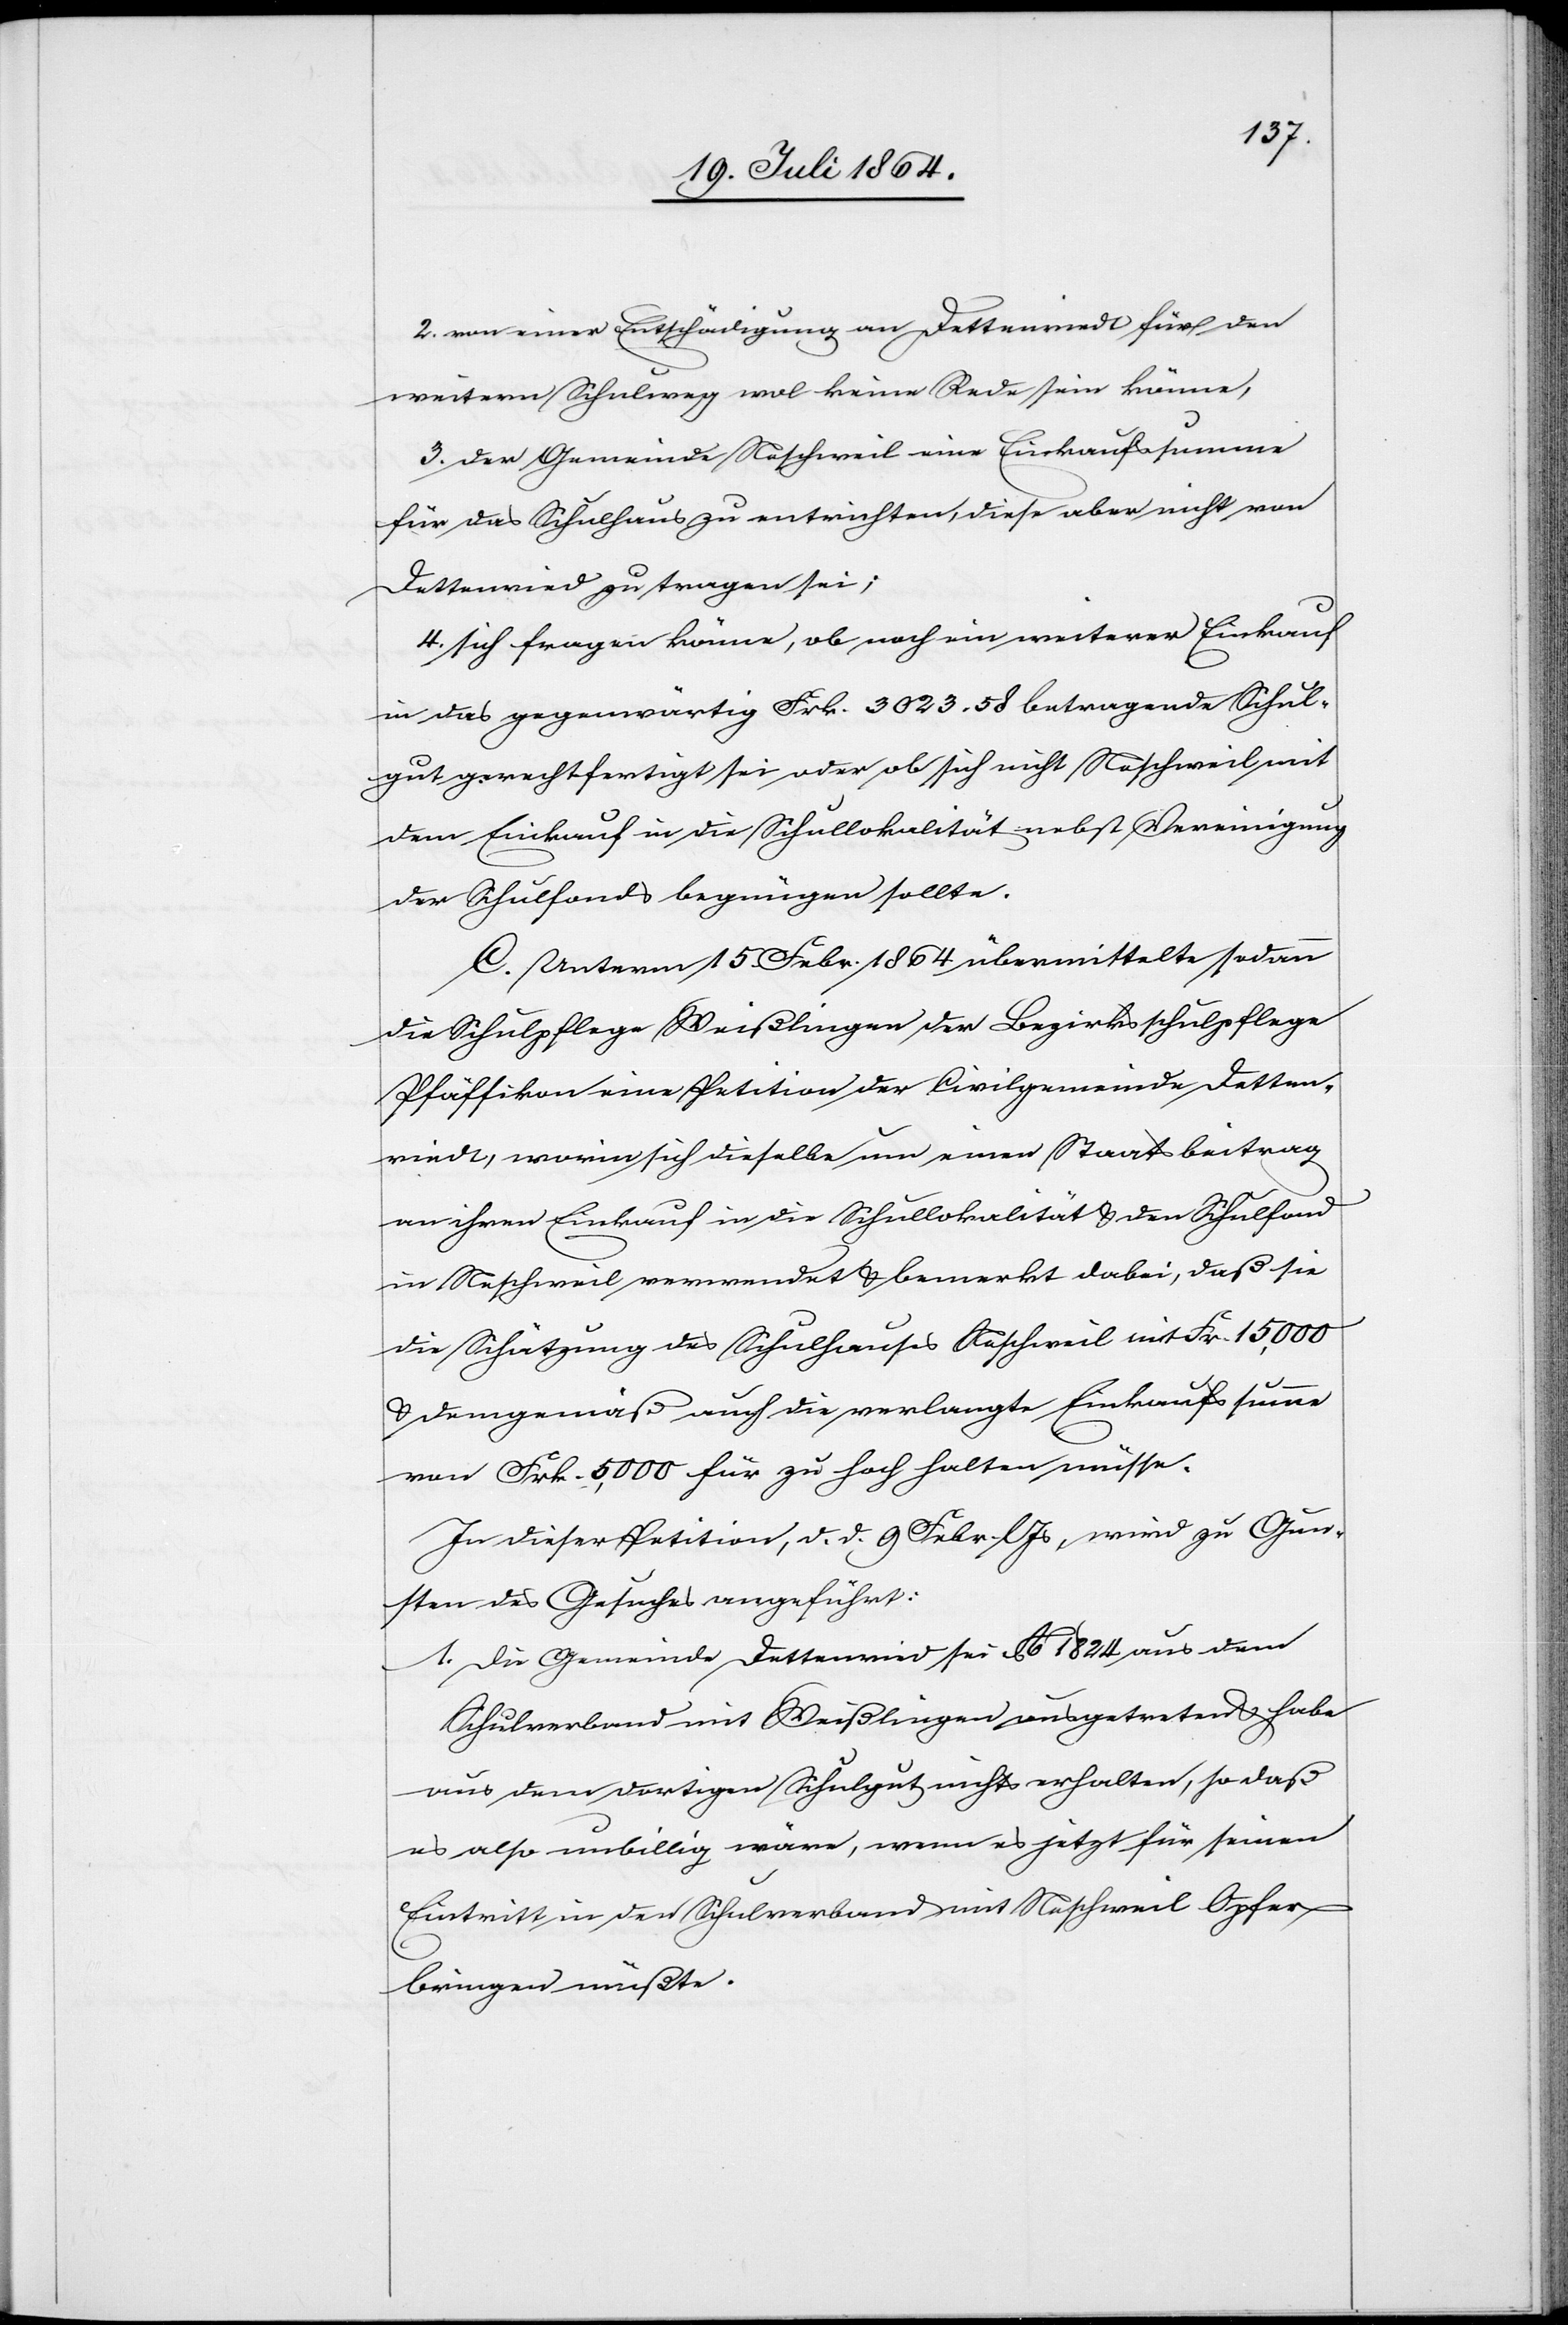
2. von einer Entschädigung an Dettenriedt für den
weitern Schulweg wol keine Rede sein könne,
3. der Gemeinde Neschweil eine Einkaufssumme
für das Schulhaus zu entrichten, diese aber nicht von
Dettenried zu tragen sei;
4. sich fragen könne, ob noch ein weiterer Einkauf
in das gegenwärtig Frk. 3023.58 betragende Schul¬
gut gerechtfertigt sei oder ob sich nicht Neschweil mit
dem Einkauf in die Schullokalität nebst Vereinigung
der Schulfonds begnügen sollte.
C. Unterm 15. Febr. 1864 übermittelte sodann
die Schulpflege Weißlingen der Bezirksschulpflege
Pfäffikon eine Petition der Civilgemeinde Detten¬
riedt, worin sich dieselbe um einen Staatsbeitrag
an ihren Einkauf in die Schullokalität u. den Schulfond
in Neschweil verwendet u. bemerkt dabei, daß sie
die Schätzung des Schulhauses Neschweil mit Fr. 15,000
u. demgemäß auch die verlangte Einkaufssumme
von Frk. 5,000 für zu hoch halten müsse.
In dieser Petition, d. d. 9 Febr. l. Js., wird zu Gun¬
sten des Gesuches angeführt:
1. Die Gemeinde Dettenried sei Ao 1824 aus dem
Schulverband mit Weißlingen ausgetreten u. habe
aus dem dortigen Schulgut nichts erhalten, so daß
es also unbillig wäre, wenn es jetzt für seinen
Eintritt in den Schulverband mit Neschweil Opfer
bringen müßte.